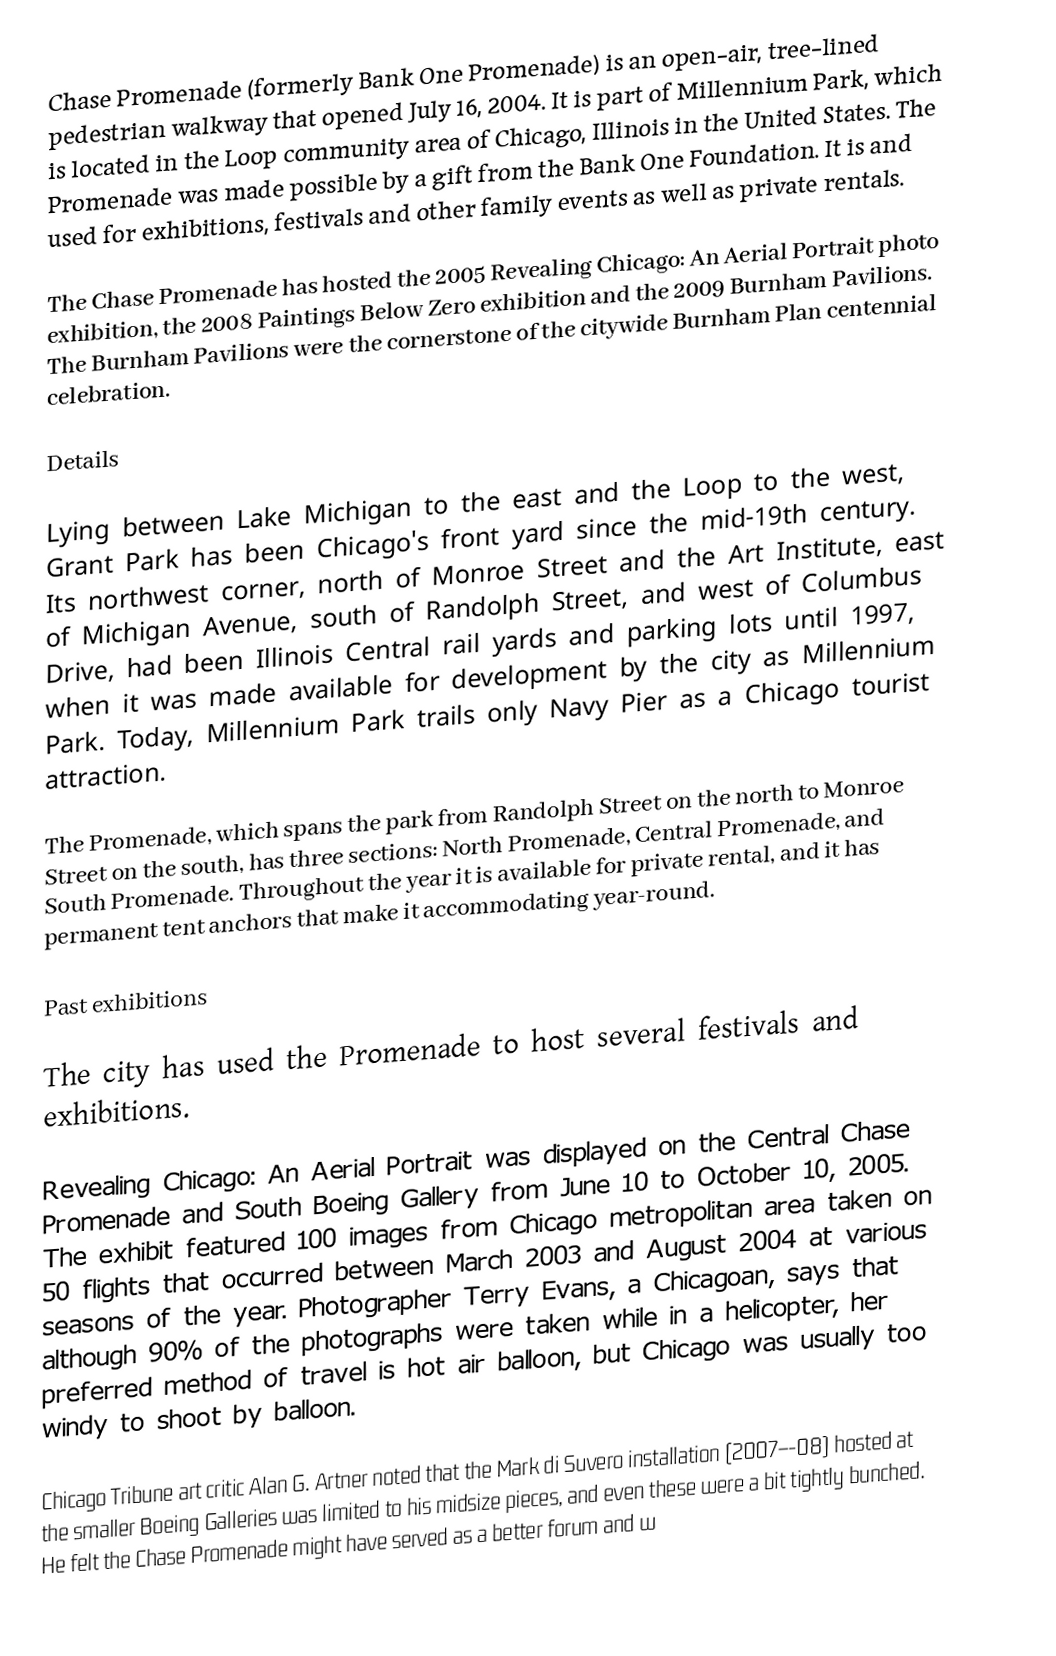
Chase Promenade (formerly Bank One Promenade) is an open-air, tree-lined pedestrian walkway that opened July 16, 2004.  It is part of Millennium Park, which is located in the Loop community area of Chicago, Illinois in the United States. The Promenade was made possible by a gift from the Bank One Foundation. It is  and used for exhibitions, festivals and other family events as well as private rentals.

The Chase Promenade has hosted the 2005 Revealing Chicago: An Aerial Portrait photo exhibition, the 2008 Paintings Below Zero exhibition and the 2009 Burnham Pavilions. The Burnham Pavilions were the cornerstone of the citywide Burnham Plan centennial celebration.

Details

Lying between Lake Michigan to the east and the Loop to the west, Grant Park has been Chicago's front yard since the mid-19th century. Its northwest corner, north of Monroe Street and the Art Institute, east of Michigan Avenue, south of Randolph Street, and west of Columbus Drive, had been Illinois Central rail yards and parking lots until 1997, when it was made available for development by the city as Millennium Park.  Today, Millennium Park trails only Navy Pier as a Chicago tourist attraction.

The Promenade, which spans the park from Randolph Street on the north to Monroe Street on the south, has three sections: North Promenade, Central Promenade, and South Promenade. Throughout the year it is available for private rental, and it has permanent tent anchors that make it accommodating year-round.

Past exhibitions

The city has used the Promenade to host several festivals and exhibitions.

Revealing Chicago: An Aerial Portrait was displayed on the Central Chase Promenade and South Boeing Gallery from June 10 to October 10, 2005. The exhibit featured 100 images from Chicago metropolitan area taken on 50 flights that occurred between March 2003 and August 2004 at various seasons of the year. Photographer Terry Evans, a Chicagoan, says that although 90% of the photographs were taken while in a helicopter, her preferred method of travel is hot air balloon, but Chicago was usually too windy to shoot by balloon.

Chicago Tribune art critic Alan G. Artner noted that the Mark di Suvero installation (2007–-08) hosted at the smaller Boeing Galleries was limited to his midsize pieces, and even these were a bit tightly bunched. He felt the Chase Promenade might have served as a better forum and w